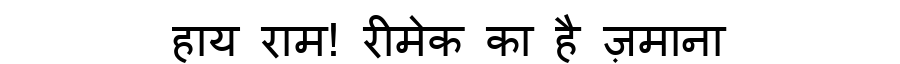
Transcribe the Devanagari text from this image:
हाय राम! रीमेक का है ज़माना